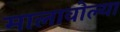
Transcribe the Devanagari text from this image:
मालावोल्या